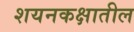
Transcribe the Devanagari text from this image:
शयनकक्षातील